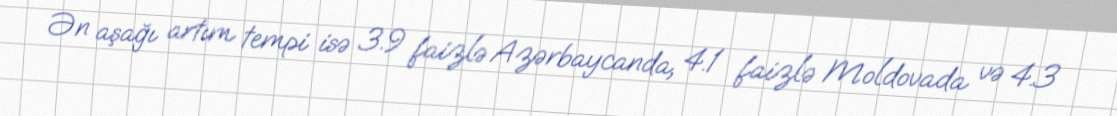
Ən aşağı artım tempi isə 3.9 faizlə Azərbaycanda, 4.1 faizlə Moldovada və 4.3